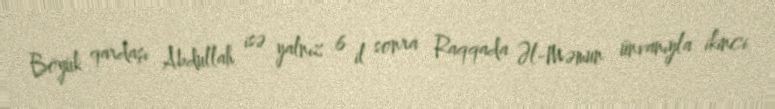
Böyük qardaşı Abdullah isə yalnız 6 il sonra Raqqada Əl-Məmun ünvanıyla ikinci